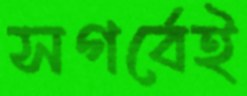
সগর্বেই